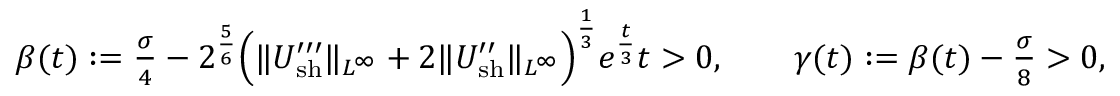
\begin{array} { r } { \beta ( t ) : = \frac { \sigma } { 4 } - 2 ^ { \frac { 5 } { 6 } } \Big ( \| U _ { \mathrm { s h } } ^ { \prime \prime \prime } \| _ { L ^ { \infty } } + 2 \| U _ { \mathrm { s h } } ^ { \prime \prime } \| _ { L ^ { \infty } } \Big ) ^ { \frac { 1 } { 3 } } e ^ { \frac { t } { 3 } } t > 0 , \qquad \gamma ( t ) : = \beta ( t ) - \frac { \sigma } { 8 } > 0 , } \end{array}